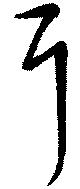
耳